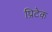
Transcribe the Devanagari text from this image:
प्रिटेक